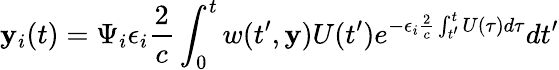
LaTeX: \mathbf{y}_{i}(t)=\Psi_{i}\epsilon_{i}\frac{{2}}{{c}}\int_{0}^{t}w(t^{\prime},\mathbf{y})U(t^{\prime})e^{-\epsilon_{i}\frac{{2}}{{c}}\int_{t^{\prime}}^{t}U(\tau)d\tau}dt^{\prime}